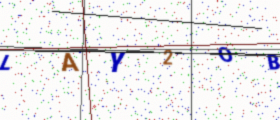
Text: LAY2OB